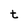
Character: t